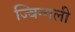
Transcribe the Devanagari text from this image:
ज्विन्गली